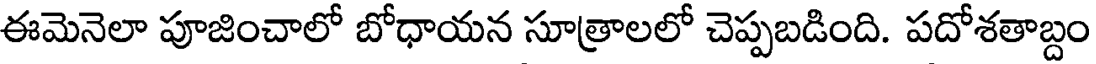
ఈమెనెలా పూజించాలో బోధాయన సూత్రాలలో చెప్పబడింది. పదోశతాబ్దం